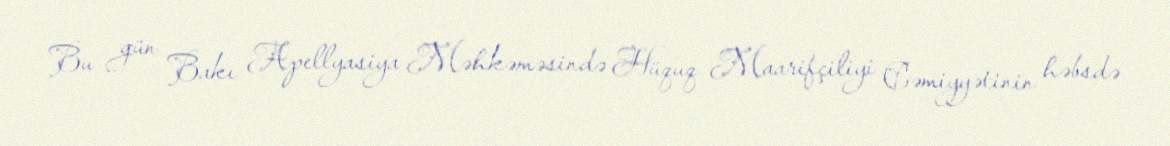
Bu gün Bakı Apellyasiya Məhkəməsində Hüquq Maarifçiliyi Cəmiyyətinin həbsdə